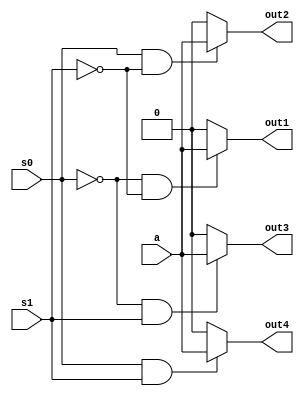
//This is for the 1:4 demux module.

module one_to_four_demux_dataflow_module (a, s0, s1, out1, out2, out3, out4);
	input a;
	input s0, s1;	
	output out1, out2, out3, out4;

	assign out1 = (!s0)&(!s1)?a:0;
	assign out2 = (s0)&(!s1)?a:0;
	assign out3 = (!s0)&(s1)?a:0;
	assign out4 = (s0)&(s1)?a:0;

endmodule